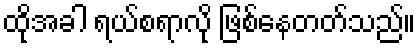
ထိုအခါ ရယ်စရာလို ဖြစ်နေတတ်သည်။